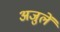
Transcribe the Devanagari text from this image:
अजुलें